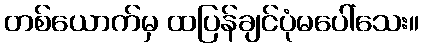
တစ်ယောက်မှ ထပြန်ချင်ပုံမပေါ်သေး။